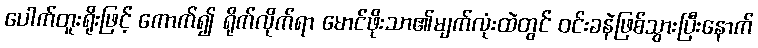
ပေါက်တူးရိုးဖြင့် ကောက်၍ ရိုက်လိုက်ရာ မောင်ဖိုးသာ၏မျက်လုံးထဲတွင် ဝင်းခနဲဖြစ်သွားပြီးနောက်